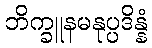
ဘိက္ခူနမနုပ္ပဒိန္နံ